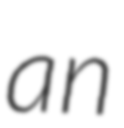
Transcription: an